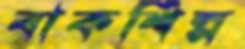
বাকশিল্প